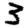
Digit: 3